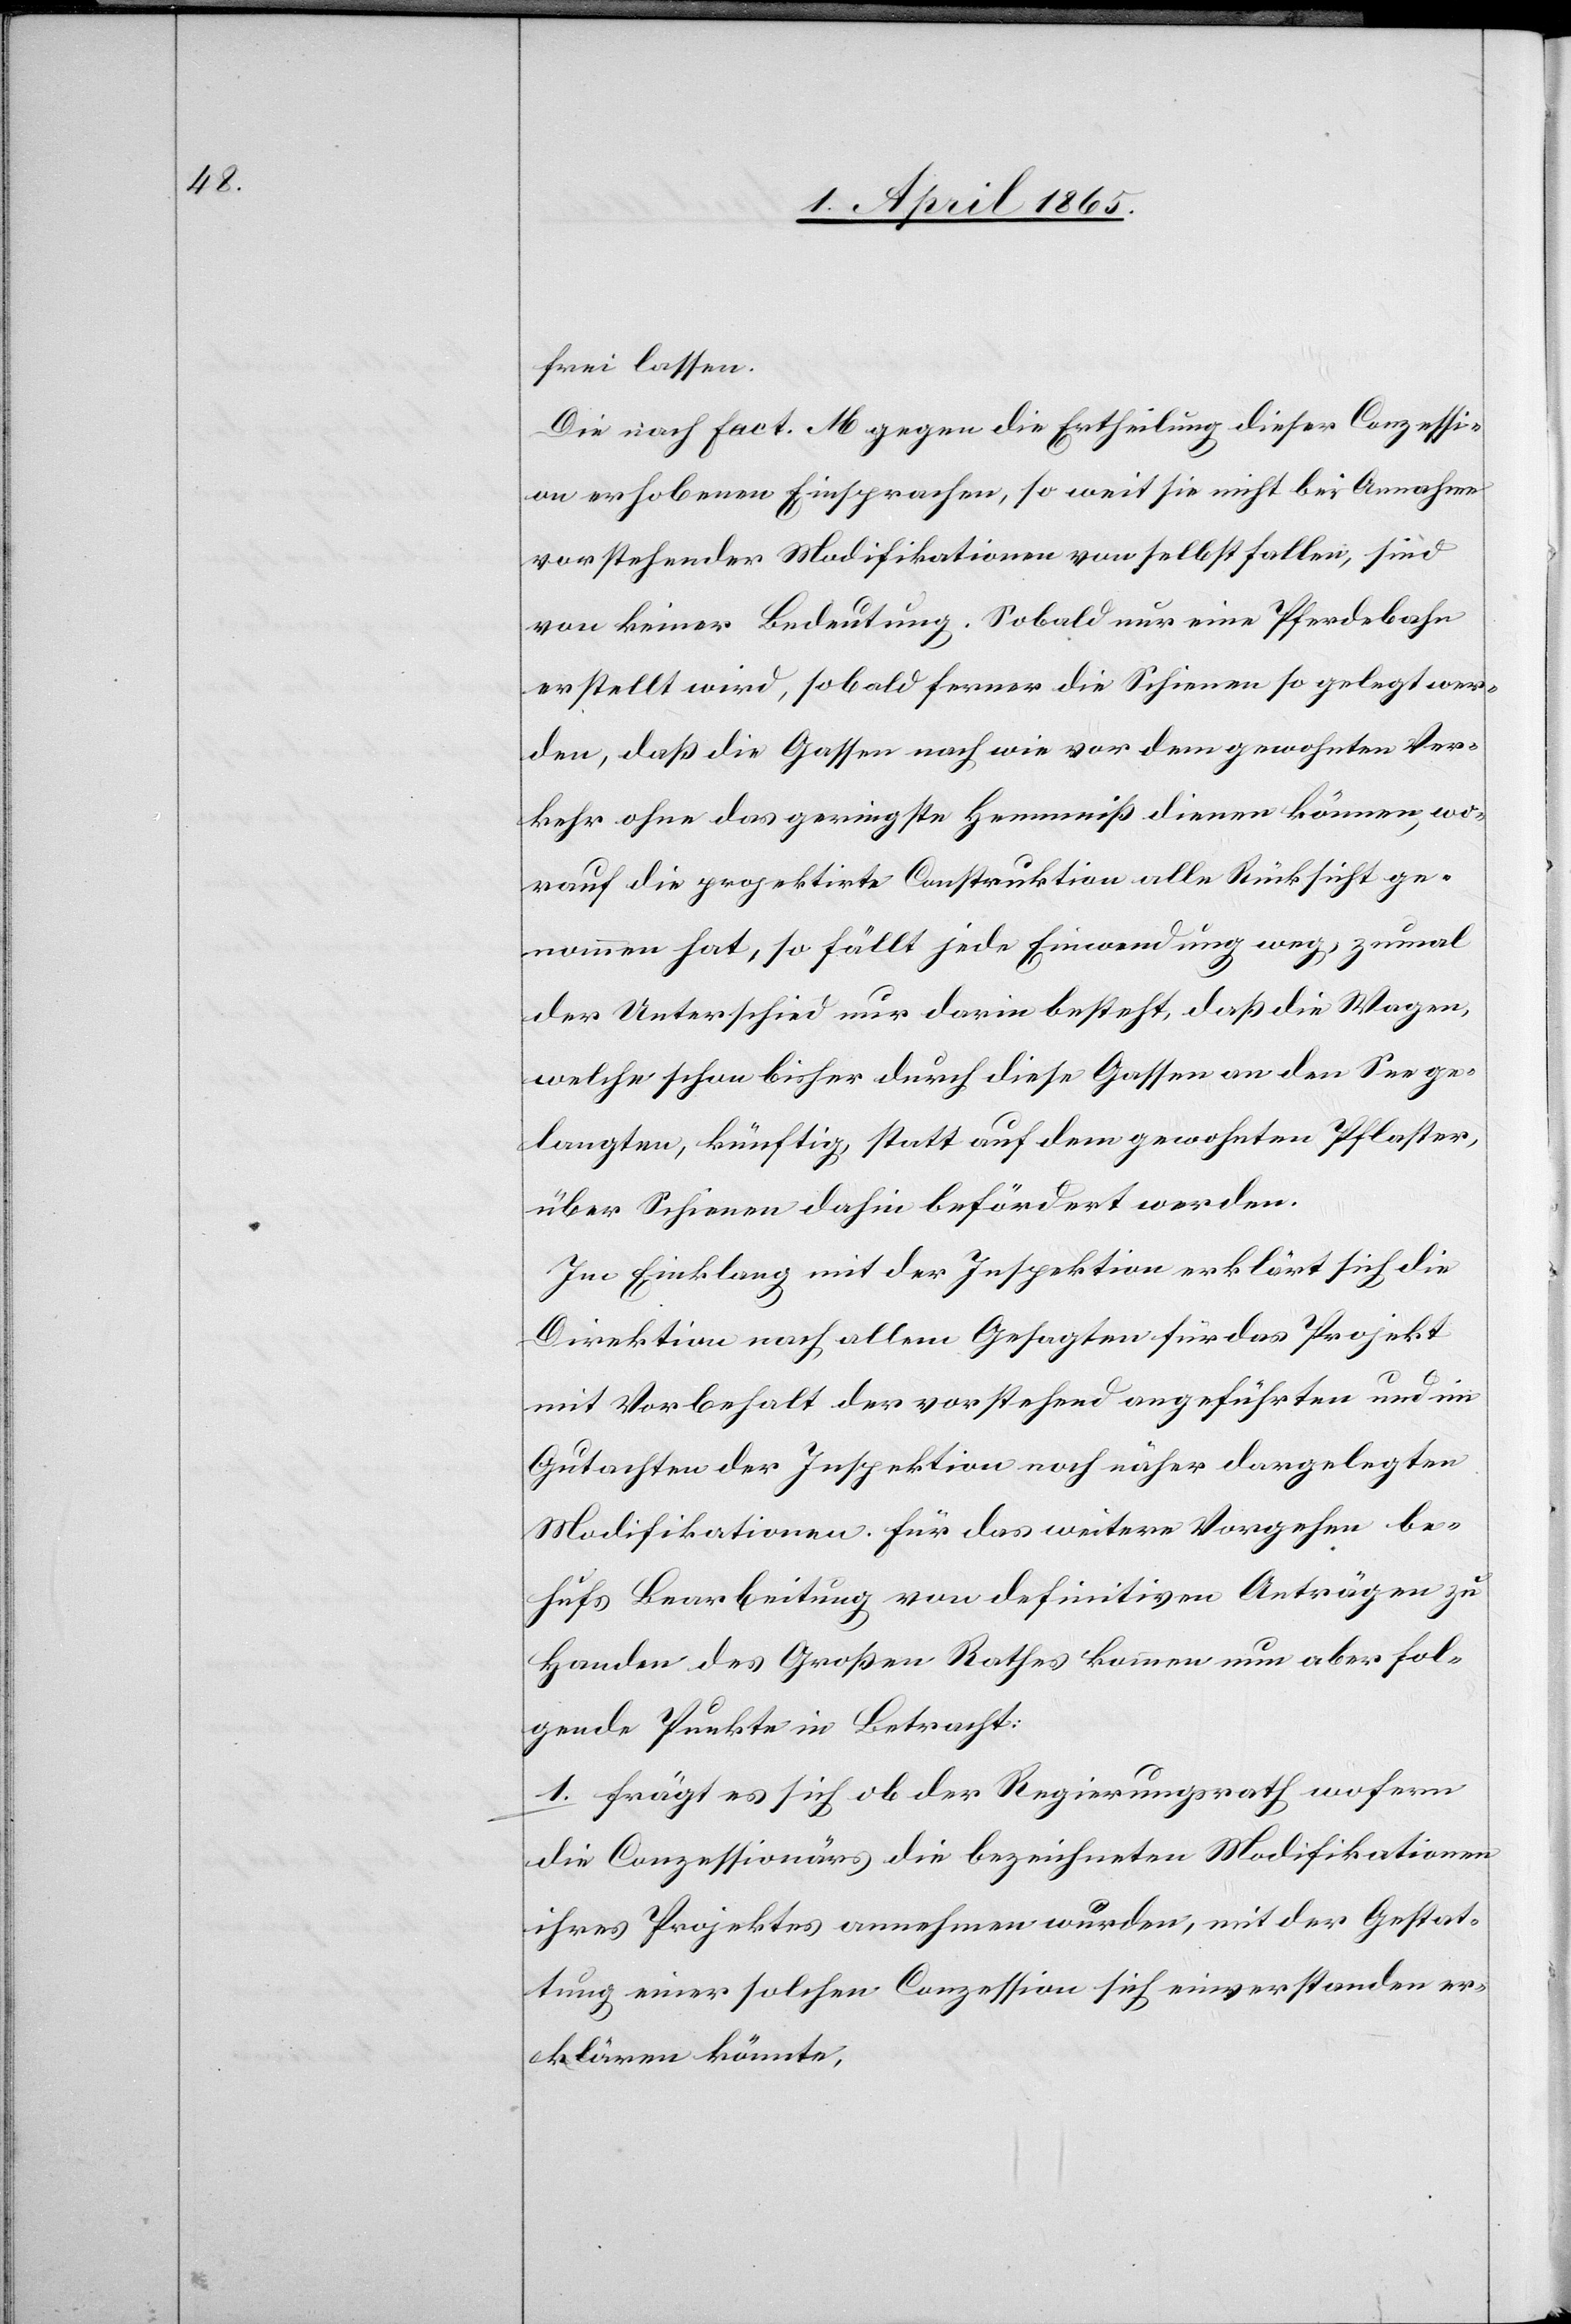
frei lassen.
Die nach Fact. M gegen die Ertheilung dieser Conzessi¬
on erhobenen Einsprachen, so weit sie nicht bei Annahme
vorstehender Modifikationen von selbst fallen, sind
von keiner Bedeutung. Sobald nur eine Pferdebahn
erstellt wird, sobald ferner die Schienen so gelegt wer¬
den, daß die Gassen nach wie vor dem gewohnten Ver¬
kehr ohne das geringste Hemmniß dienen können, wo¬
rauf die projektirte Construktion alle Rücksicht ge¬
nommen hat, so fällt jede Einwendung weg, zumal
der Unterschied nur darin besteht, daß die Wagen,
welche schon bisher durch diese Gassen an den See ge¬
langten, künftig, statt auf dem gewohnten Pflaster,
über Schienen dahin befördert werden.
Im Einklang mit der Inspektion erklärt sich die
Direktion nach allem Gesagten für das Projekt
mit Vorbehalt der vorstehend angeführten und im
Gutachten der Inspektion noch näher dargelegten
Modifikationen. Für das weitere Vorgehen be¬
hufs Bearbeitung von definitiven Anträgen zu
Handen des Großen Rathes kommen nun aber fol¬
gende Punkte in Betracht:
1. frägt es sich ob der Regierungsrath wofern
die Conzessionärs die bezeichneten Modifikationen
ihres Projektes annehmen würden, mit der Gestat¬
tung einer solchen Conzession sich einverstanden er¬
klären könnte,